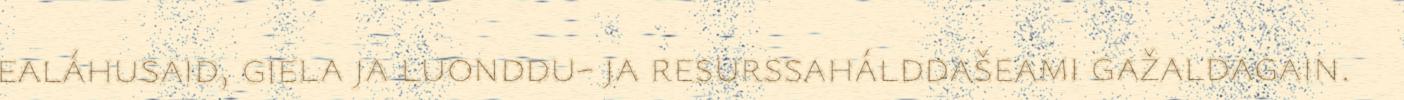
ealáhusaid, giela ja luonddu- ja resurssahálddašeami gažaldagain.